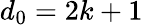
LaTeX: d_{0}=2k+1